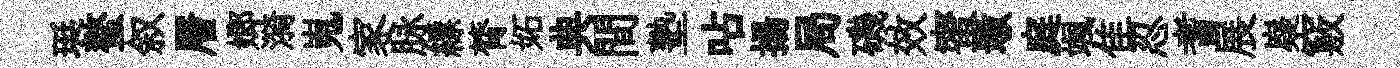
珽螯叙層嫏漪嵬家脉縹膂妬典間塾呫揚局磯效蜜墩庭颯隹忍耆展嶷竅